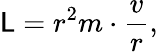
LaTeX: \mathsf{L}=r^{2}m\cdot{\frac{{v}}{{r}}},